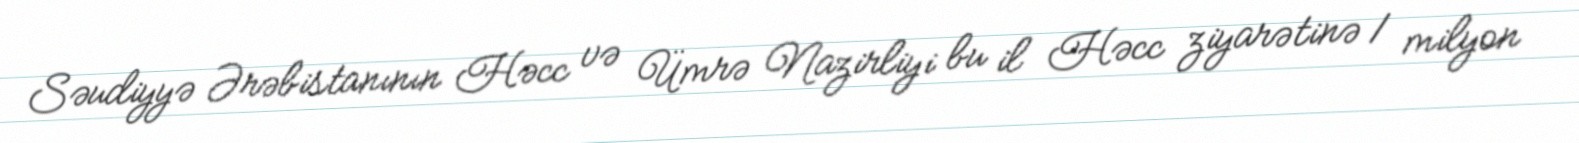
Səudiyyə Ərəbistanının Həcc və Ümrə Nazirliyi bu il Həcc ziyarətinə 1 milyon